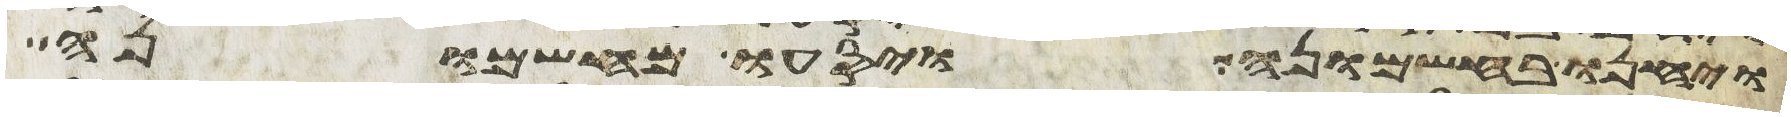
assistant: ויחנו בחשמונה ויסעו מחשמונה